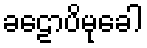
ခဠောပိမုခေါ